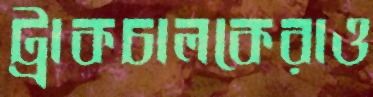
ট্রাকচালকেরাও